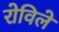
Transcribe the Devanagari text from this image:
रोविले